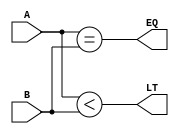
`timescale 1ns / 1ps
//////////////////////////////////////////////////////////////////////////////////
// Company: 
// Engineer: 
// 
// Design Name: 
// Module Name:    compare64 
// Project Name: 
// Target Devices: 
// Tool versions: 
// Description: 
//
// Dependencies: 
//
// Revision: 
// Revision 0.01 - File Created
// Additional Comments: 
//
//////////////////////////////////////////////////////////////////////////////////
module compare64(
    input [63:0] A,
    input [63:0] B,
    output LT,
    output EQ
    );

	assign LT = A < B;
	assign EQ = A == B;

endmodule